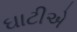
ઘાટીએ